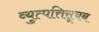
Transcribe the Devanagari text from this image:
व्युत्पत्तिसूचन